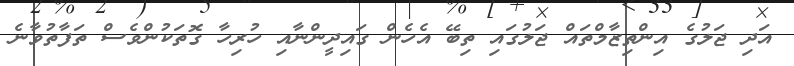
އަދި ޖަލުގެ އިންތިޒާމްތައް ޖަލުގައި ތިބޭ އެހެން ގައިދީންނާއި ހުރިހާ ގޮތަކުންވެސް ތަފާތުވާނެ